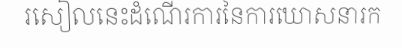
រសៀលនេះដំណើរការនៃការឃោសនារក